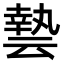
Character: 𠅀